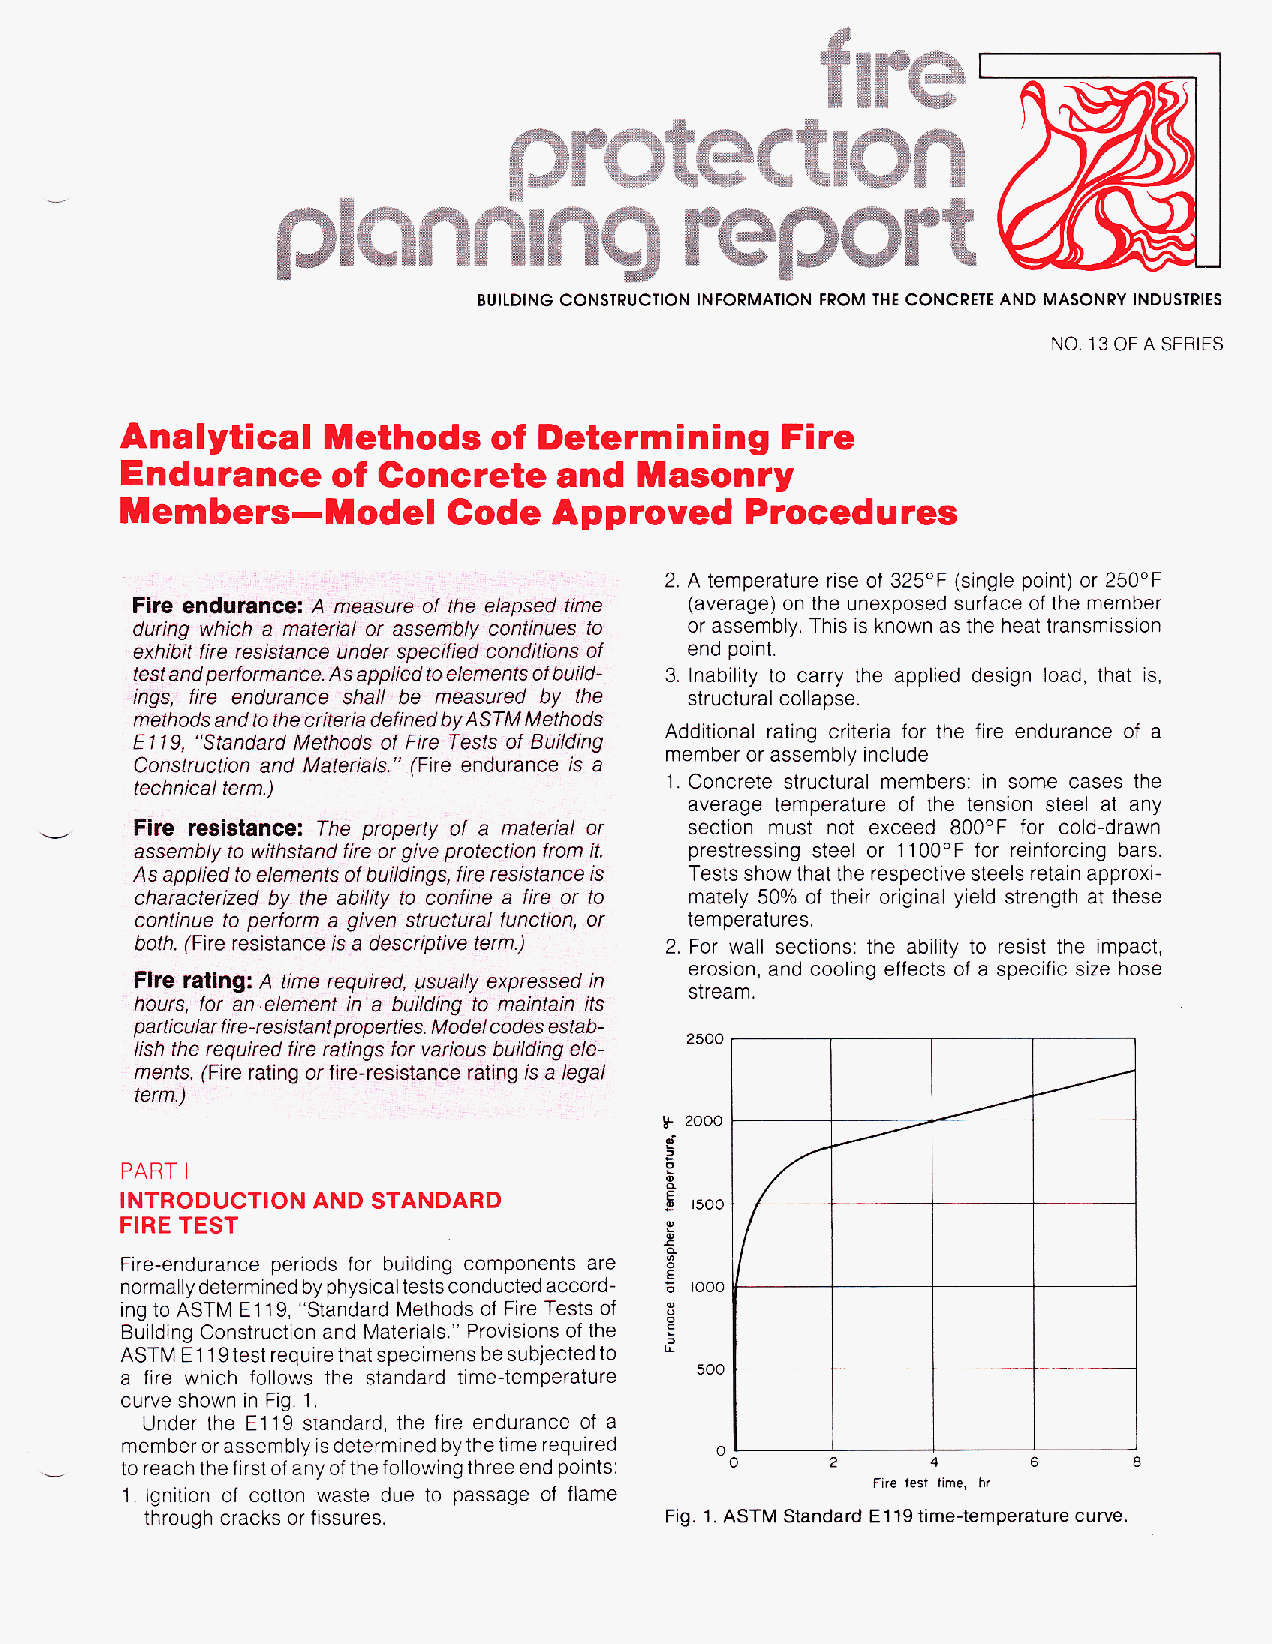
BUILDING CONSTRUCTION INFORMATION FROM THE CONCRETE AND MASONRY INDUSTRIES
 NO. 13 OF A SERIES
 Analytical    Methods    of Determining     Fire
 Endurance     of Concrete    and  Masonry
 Members-Model         Code   Approved    Procedures
 ----.
 2. A temperature rise of 325°F (single point) or 25OOF
 Fire endurance asure of the elapsed time (average) on the unexposed surface of the member
 during which a material or assem     or assembly. This is known as the heat transmission
 exhibit fire resistance under spec;  end point.
 testandperformance. Asappiiedto    3. Inability to carry the applied design load, that is,
 ings, fire endurance shall be measured by the structural collapse.
 methods and to the criteria definedb yA STM Methods
 Additional rating criteria for the fire endurance of a
 E 119 , "Standard Methods of Fire Tests of Bu
 member or assembly include
 Construction and Mafenais (Fire endurance is a
 "
 1. Concrete structural members: in some cases the
 technical term)
 average temperature of the tension steel at any
 Fire resistance: The property of a material or section must not exceed 800°F for cold-drawn
 d
 assembly to withstand fire or give protection from it. prestressing steel or 110 0°F for reinforcing bars.
 As applied to elements of buildings, fire resistancei s Tests show that the respective steels retain approxi-
 characterized by the ability to confine a fire or to mately 50% of their original yield strength at these
 continue to perform a given structural function, or temperatures.
 both. (Fire resistance is a descriptive term.) 2. For wall sections: the ability to resist the impact,
 erosion, and cooling effects of a specific size hose
 Fire rating: A time required, usuaily expressed in
 stream.
 hours, for an .element in a building to maintain its
 particular fire-resisfantproperties.M odelc odes estab-
 2500
 lish the required fire ratings for various building ele-
 ments. (Fire rating or fire-resistance rating is a /ega/
 term.j
 p 2000
 -g
 PART I                              0
 a
 INTRODUCTION AND STANDARD
 1500
 FIRE TEST
 $
 ::
 Fire-endurance periods for building components are E
 normally determined by physical tests conducted accord- 6 too0
 ing to ASTM El1 9, "Standard Methods of Fire Tests of
 Building Construction and Materials." Provisions of the
 ASTM E 1 19 test require that specimens be subjected to
 a fire which follows the standard time-temperature 500
 curve shown in Fig. 1
 Under the El 19 standard, the fire endurance of a
 member or assembly isdetermined bythetime required
 0
 toreach thefirstofanyofthefollowingthreeend points:
 I                                                      Fire test time. hr
 1. Ignition of cotton waste due to passage of flame
 through cracks or fissures.       Fig. 1. ASTM Standard El19 time-temperature curve.